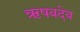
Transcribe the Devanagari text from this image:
ऋषबदेव